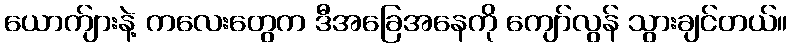
ယောက်ျားနဲ့ ကလေးတွေက ဒီအခြေအနေကို ကျော်လွန် သွားချင်တယ်။